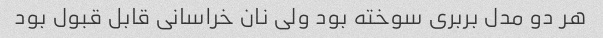
هر دو مدل بربری سوخته بود ولی نان خراسانی قابل قبول بود